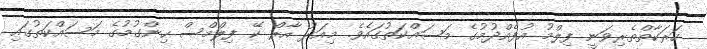
ހަރަކާތްތެރިވަނީ ފިލްމު އުފެއްދުމުގެ މަސައްކަތުގައެވެ. މިއަދު އާރް ކޭ ފިލްމްސް ހިންގުމުގެ މަސައްކަތުގައި